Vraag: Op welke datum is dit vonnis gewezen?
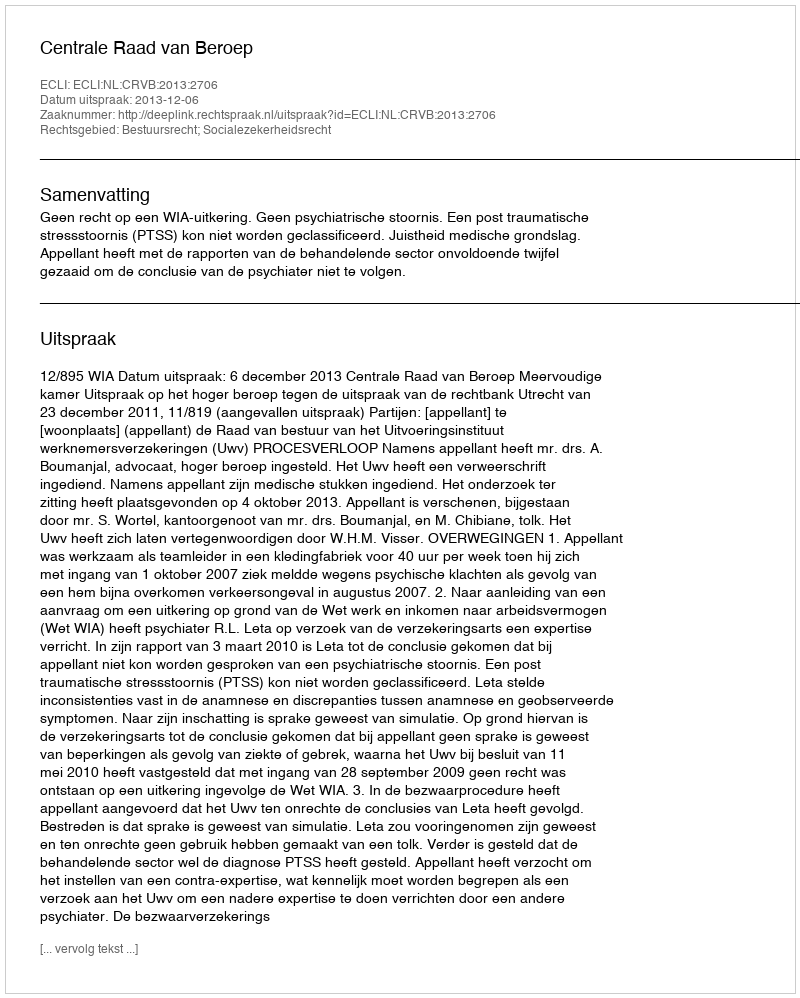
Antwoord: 2013-12-06